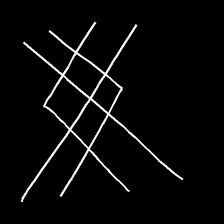
Glyph: crystal